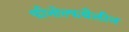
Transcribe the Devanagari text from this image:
फीनोल्फथैलीन